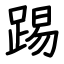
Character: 踢